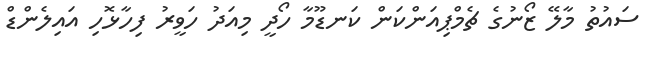
ސައުތު މާލޭ ޒޯނުގެ ޗެމްޕިއަންކަން ކަނޑޫމާ ހޯދީ މިއަދު ހަވީރު ފިހާޅޮހި އައިލެންޑް